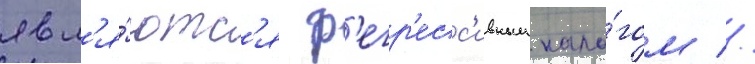
явл'я́ютс'я р'егр'есс'ивным нало́гом //